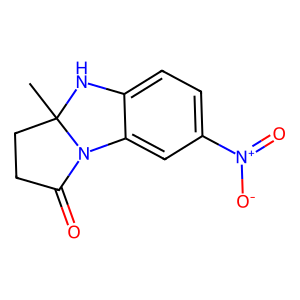
SMILES: CC12CCC(=O)N1c1cc([N+](=O)[O-])ccc1N2
Inhibits HIV replication: No